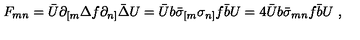
F _ { m n } = \bar { U } \partial _ { [ m } \Delta f \partial _ { n ] } \bar { \Delta } U = \bar { U } b \bar { \sigma } _ { [ m } \sigma _ { n ] } f \bar { b } U = 4 \bar { U } b \bar { \sigma } _ { m n } f \bar { b } U \ ,